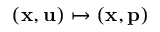
( \mathbf { x } , \mathbf { u } ) \mapsto ( \mathbf { x } , \mathbf { p } )